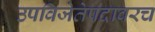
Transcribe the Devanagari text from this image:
उपविजेतेपदावरच